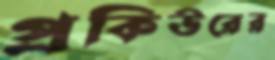
প্রকিউরের